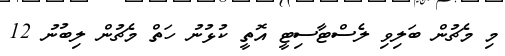
މި މެޗުން ބަލިވި ލެސްޓާސިޓީ އޮތީ ކުޅުނު ހަތް މެޗުން ލިބުނު 12